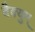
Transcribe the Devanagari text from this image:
वैक्युम्